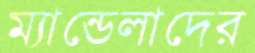
ম্যান্ডেলাদের